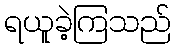
ရယူခဲ့ကြသည်